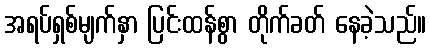
အရပ်ရှစ်မျက်နှာ ပြင်းထန်စွာ တိုက်ခတ် နေခဲ့သည်။